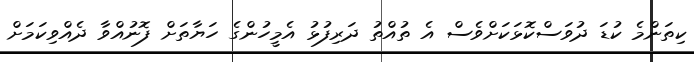
ކިތަންމެ ކުޑަ ދުވަސްކޮޅަކަށްވެސް އެ ތުއްތު ދަރިފުޅު އެމީހުންގެ ހަޔާތަށް ފޮނުއްވާ ދެއްވިކަމަށް